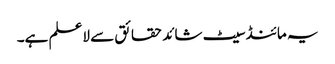
یہ مائنڈ سیٹ شائد حقائق سے لاعلم ہے۔